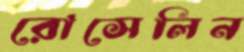
রোসেলিন